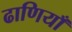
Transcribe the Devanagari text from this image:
ढाणियाँ